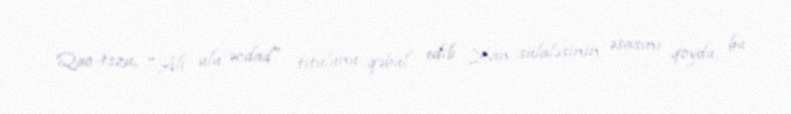
Qao-tszu, "Ali ulu əcdad" titulunu qəbul edib Xan sülaləsinin əsasını qoydu, bu